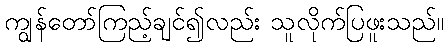
ကျွန်တော်ကြည့်ချင်၍လည်း သူလိုက်ပြဖူးသည်။